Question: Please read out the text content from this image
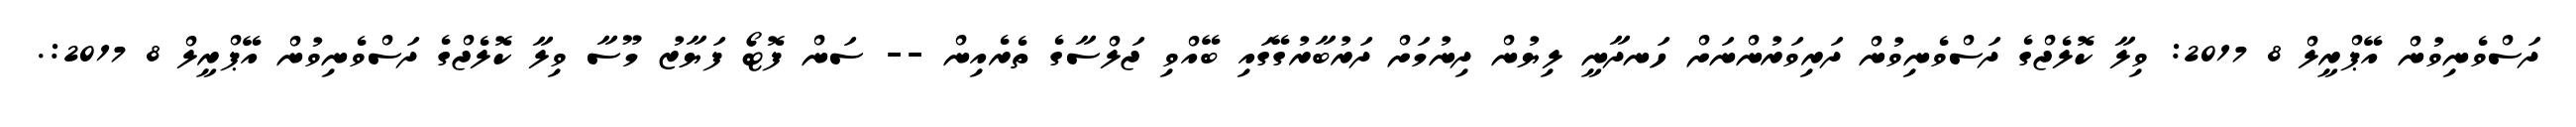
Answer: ދަސްވެނިވުން އޭޕްރީލް 8 2017: ވިލާ ކޮލެޖްގެ ދަސްވެނިވުން ދަރިވަރުންނަށް ހަނދާނީ ލިޔުން ދިނުމަށް ދަރުބާރުގޭގައި ބޭއްވި ޖަލްސާގެ ތެރެއިން -- ސަން ފޮޓޯ ފަޔާޒު މޫސާ ވިލާ ކޮލެޖްގެ ދަސްވެނިވުން އޭޕްރީލް 8 2017:.